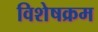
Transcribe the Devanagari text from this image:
विशेषक्रम